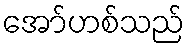
အော်ဟစ်သည်